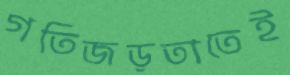
গতিজড়তাতেই